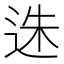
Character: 𨒲